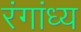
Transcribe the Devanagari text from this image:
रंगांध्य